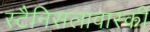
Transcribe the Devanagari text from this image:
स्टैनिसलावास्की